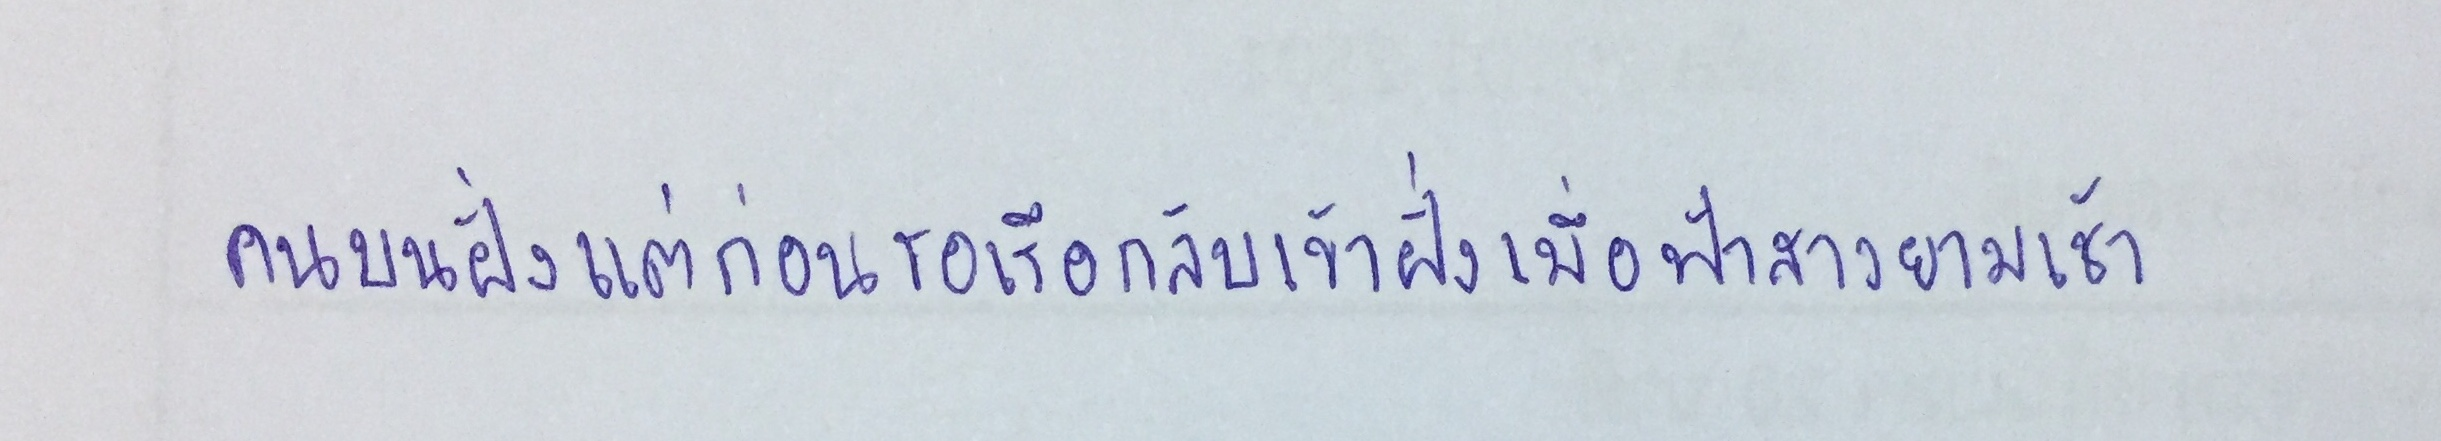
คนบนฝั่งแต่ก่อนรอเรือกลับเข้าฝั่งเมื่อฟ้าสางยามเช้า